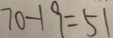
7 0 - 1 9 = 5 1